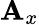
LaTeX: \mathbf{A}_{x}